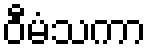
ဝီမံသကာ